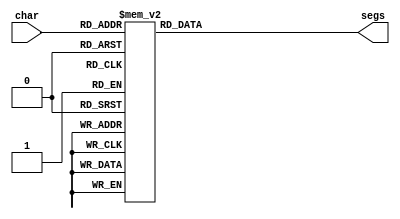
/*
   This file was generated automatically by Alchitry Labs version 1.2.1.
   Do not edit this file directly. Instead edit the original Lucid source.
   This is a temporary file and any changes made to it will be destroyed.
*/

module seven_seg_14 (
    input [4:0] char,
    output reg [6:0] segs
  );
  
  
  
  always @* begin
    
    case (char)
      1'h0: begin
        segs = 7'h3f;
      end
      1'h1: begin
        segs = 7'h06;
      end
      2'h2: begin
        segs = 7'h5b;
      end
      2'h3: begin
        segs = 7'h4f;
      end
      3'h4: begin
        segs = 7'h66;
      end
      3'h5: begin
        segs = 7'h6d;
      end
      3'h6: begin
        segs = 7'h7d;
      end
      3'h7: begin
        segs = 7'h07;
      end
      4'h8: begin
        segs = 7'h7f;
      end
      4'h9: begin
        segs = 7'h67;
      end
      4'ha: begin
        segs = 7'h71;
      end
      4'hb: begin
        segs = 7'h77;
      end
      4'hc: begin
        segs = 7'h30;
      end
      4'hd: begin
        segs = 7'h38;
      end
      4'he: begin
        segs = 7'h5e;
      end
      4'hf: begin
        segs = 7'h37;
      end
      5'h10: begin
        segs = 7'h3e;
      end
      5'h11: begin
        segs = 7'h79;
      end
      5'h12: begin
        segs = 7'h31;
      end
      5'h13: begin
        segs = 7'h76;
      end
      5'h14: begin
        segs = 7'h7c;
      end
      5'h15: begin
        segs = 7'h39;
      end
      default: begin
        segs = 7'h00;
      end
    endcase
  end
endmodule